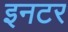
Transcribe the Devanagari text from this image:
इनटर